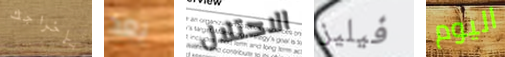
بإخراجك بعد الاحتلال فيليز اليوم